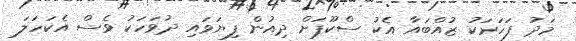
މަދު ފަހަރަކު ޒުއްބައާ އެކު ސްކޫޕަށް ދިއުން ފިޔަވައި ދުވަހަކު ވެސް އެކަހަލަ